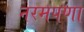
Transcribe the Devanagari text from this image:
नरमपणा